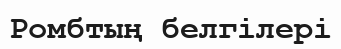
Ромбтың белгілері